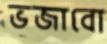
ভজাবো